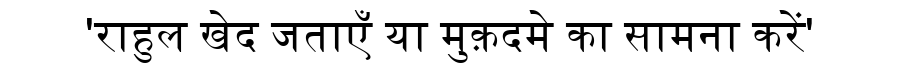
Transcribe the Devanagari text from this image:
'राहुल खेद जताएँ या मुक़दमे का सामना करें'